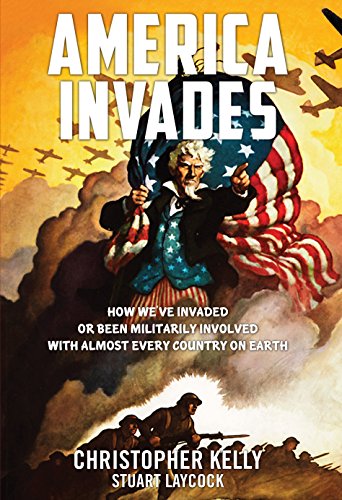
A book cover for America Invades: How We've Invaded or been Militarily Involved with almost Every Country on Earth; Christopher Kelly; Reference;